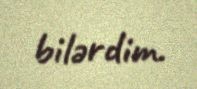
bilərdim.